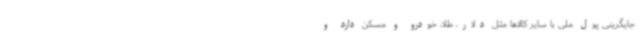
جایگرینی پول ملی با سایر کالاها مثل دلار، طلا، خودرو و مسکن دارد و